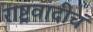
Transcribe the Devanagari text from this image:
राष्ट्रवादीचं